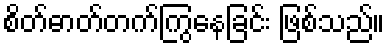
စိတ်ဓာတ်တက်ကြွနေခြင်း ဖြစ်သည်။